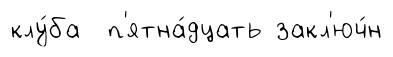
клу́ба п'ятна́дцать закл'юч́н